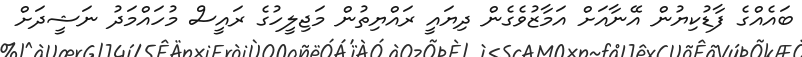
ބައެއްގެ ފާޑުކިޔުން އޭނާއަށް އަމާޒުވެގެން ދިޔައީ ރައްޔިތުން މަޖިލީހުގެ ރައީސް މުހައްމަދު ނަޝީދަށް